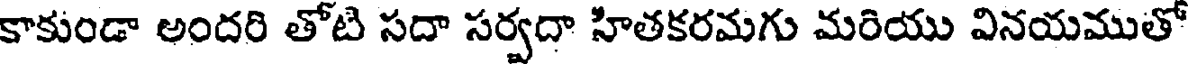
కాకుండా అందరి తోటి సదా సర్వదా హితకరమగు మరియు వినయముతో